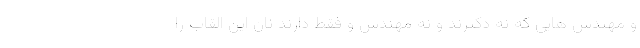
و مهندس هایی که نه دکترند و نه مهندس و فقط دارند نان این القاب را